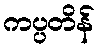
ကပ္ပတိန်